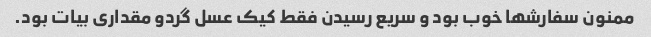
ممنون سفارشها خوب بود و سریع رسیدن فقط کیک عسل گردو مقداری بیات بود.